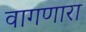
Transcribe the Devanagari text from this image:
वागणारा